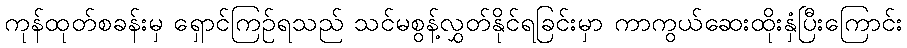
ကုန်ထုတ်စခန်းမှ ရှောင်ကြဉ်ရသည် သင်မစွန့်လွှတ်နိုင်ရခြင်းမှာ ကာကွယ်ဆေးထိုးနှံပြီးကြောင်း